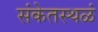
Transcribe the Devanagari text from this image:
संकेतस्थळं